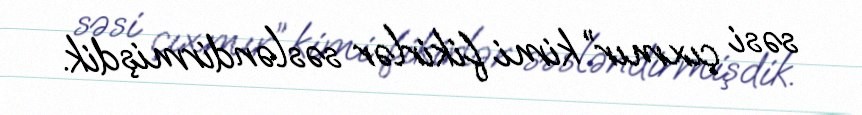
səsi çıxmır” kimi fikirlər səsləndirmişdik.